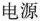
电源